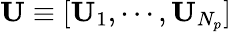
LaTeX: \mathbf{U}\equiv[\mathbf{U}_{1},\cdots,\mathbf{U}_{N_{p}}]